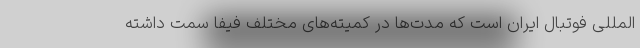
المللی فوتبال ایران است که مدت‌ها در کمیته‌های مختلف فیفا سِمت داشته